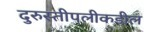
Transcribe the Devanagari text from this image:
दुरुस्तीपलीकडील